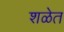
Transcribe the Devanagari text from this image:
शळेत